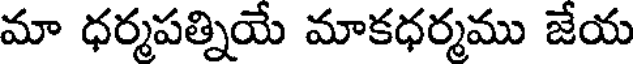
మా ధర్మపత్నియే మాకధర్మము జేయ